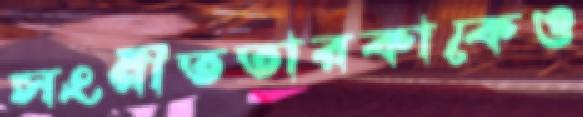
সংগীততারকাকেও